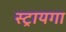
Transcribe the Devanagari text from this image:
स्ट्रायगा